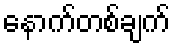
နောက်တစ်ချက်